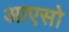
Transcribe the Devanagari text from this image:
आएसो